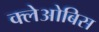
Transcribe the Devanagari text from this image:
क्लेओबिस